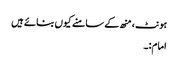
ہونٹ، منھ کے سامنے کیوں بنائے ہیں
امام:۔